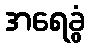
အရေခွံ